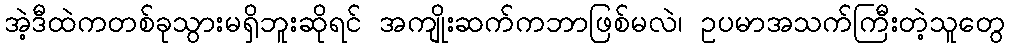
အဲ့ဒီထဲကတစ်ခုသွားမရှိဘူးဆိုရင် အကျိုးဆက်ကဘာဖြစ်မလဲ၊ ဥပမာအသက်ကြီးတဲ့သူတွေ